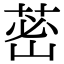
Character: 𦰷